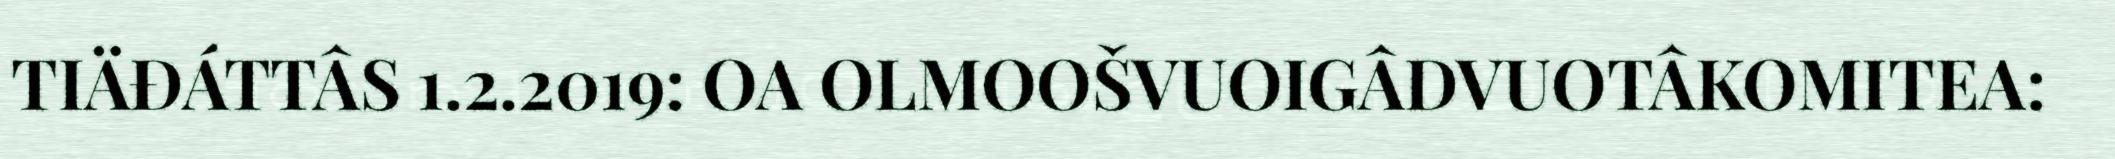
TIÄĐÁTTÂS 1.2.2019: OA OLMOOŠVUOIGÂDVUOTÂKOMITEA: